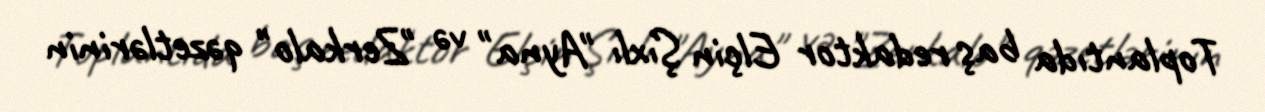
Toplantıda baş redaktor Elçin Şıxlı "Ayna" və "Zerkalo" qəzetlərinin